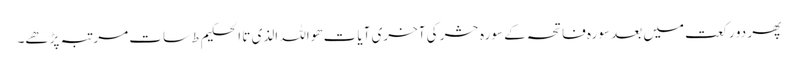
پھر دو رکعت میں بعد سورہ فاتحہ کے سورہ حشر کی آخری آیات ھواللہ الذی تا الحکیم ط سات مرتبہ پڑھے۔